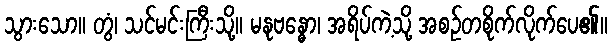
သွားသော။ တွံ၊ သင်မင်းကြီးသို့။ မနုဗန္ဓော၊ အရိပ်ကဲ့သို့ အစဉ်တစိုက်လိုက်ပေ၏။